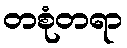
တစုံတရာ